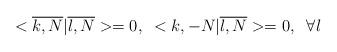
LaTeX: \begin{align*}<\overline{k,N}|\overline{l,N}>=0,\;\;<k,-N|\overline{l,N}>=0, \;\;\forall l\end{align*}